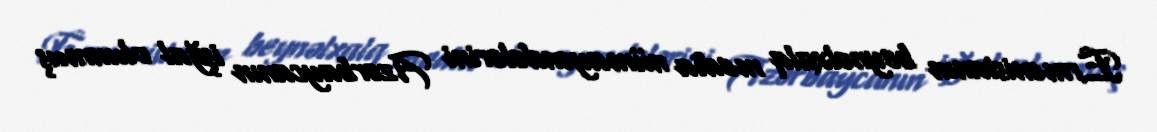
Ermənistanın beynəlxalq media nümayəndələrini Azərbaycanın işğal olunmuş